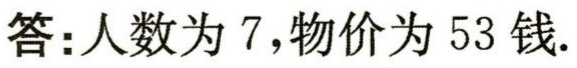
答：人数为 \(7\)，物价为 \(53\) 钱.